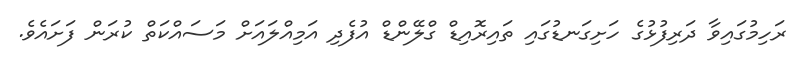
ރަހިމުގައިވާ ދަރިފުޅުގެ ހަށިގަނޑުގައި ތައިރޮއިޑް ގްލޭންޑް އުފެދި އަމިއްލައަށް މަސައްކަތް ކުރަން ފަށައެވެ.